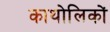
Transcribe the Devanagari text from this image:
काथोलिकों